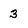
Character: 3